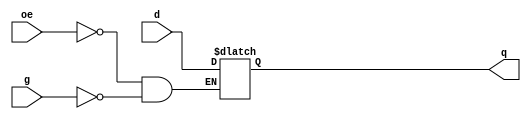
// D  --  8 
module d_reg(q,d,oe,g);
output [7:0] q;     // 
input [7:0] d;      // 
input oe,g;       // 
reg [7:0] q;

always @(*) begin
    if (oe) begin
        q <= 8'bz;
    end
    else begin
        if (g) begin
            q <= d;
        end
    end
        
end

endmodule